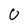
Character: U